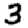
Digit: 3